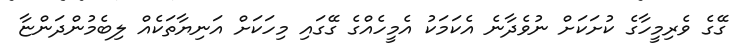
ގޭގެ ވެރިމީހާގެ ކުށަކަށް ނުވެދާނެ އެކަމަކު އެމީހެއްގެ ގޭގައި މިހަކަށް އަނިޔާތަކެއް ލިބެމުންދަންޏާ